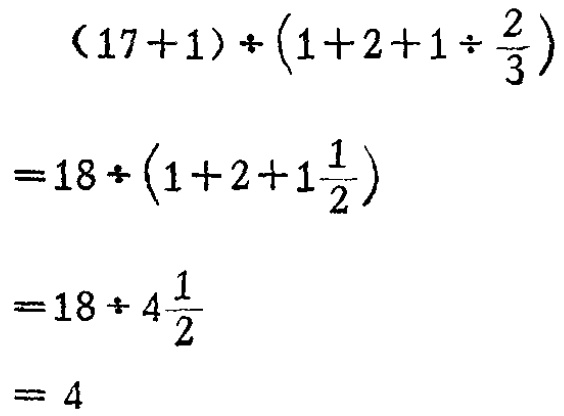
\((17 + 1) \div \left(1 + 2 + 1 \div \frac{2}{3}\right)\)

\(= 18 \div \left(1 + 2 + 1\frac{1}{2}\right)\)

\(= 18 \div 4\frac{1}{2}\)

\(= 4\)